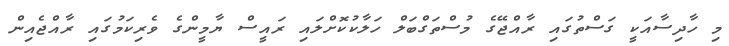
މި ހާދިސާއަކީ ގަސްތުގައި ރާއްޖޭގެ މުސްތަގްބަލް ހަލާކުކޮށްލައި ރައީސް ޔާމީންގެ ވެރިކަމުގައި ރާއްޖެއިން